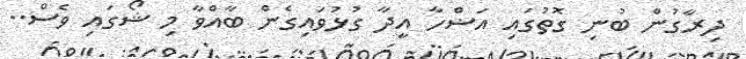
ދިރާގުން ބުނި ގޮތުގައި އަޟްހާ އީދާ ގުޅުވައިގެން ބާއްވާ މި ޝޯގައި ވެސް..